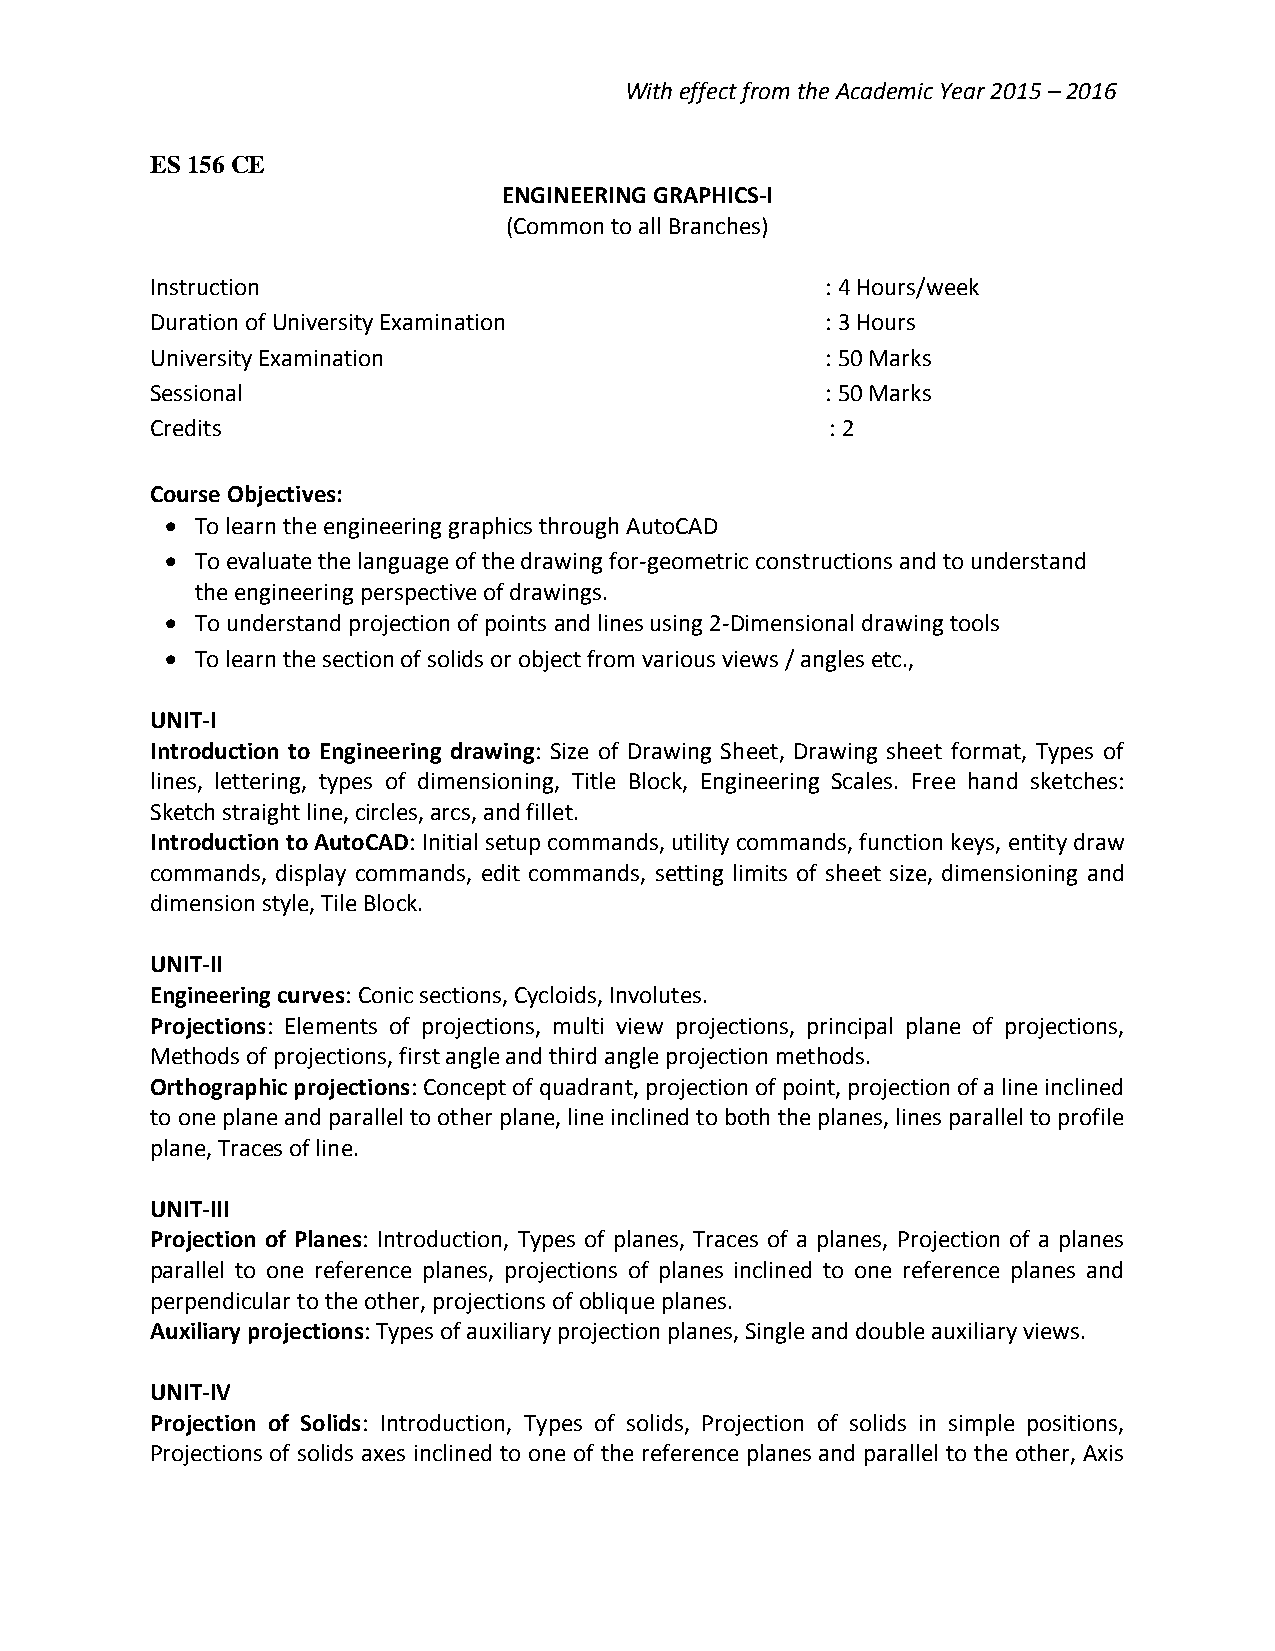
With effect from the Academic Year 2015 – 2016
 ES 156 CE
 ENGINEERING GRAPHICS-I
 (Common to all Branches)
 Instruction                                  : 4 Hours/week
 Duration of University Examination           : 3 Hours
 University Examination                       : 50 Marks
 Sessional                                    : 50 Marks
 Credits                                      : 2
 Course Objectives:
  To learn the engineering graphics through AutoCAD
  To evaluate the language of the drawing for-geometric constructions and to understand
 the engineering perspective of drawings.
  To understand projection of points and lines using 2-Dimensional drawing tools
  To learn the section of solids or object from various views / angles etc.,
 UNIT-I
 Introduction to Engineering drawing: Size of Drawing Sheet, Drawing sheet format, Types of
 lines, lettering, types of dimensioning, Title Block, Engineering Scales. Free hand sketches:
 Sketch straight line, circles, arcs, and fillet.
 Introduction to AutoCAD: Initial setup commands, utility commands, function keys, entity draw
 commands, display commands, edit commands, setting limits of sheet size, dimensioning and
 dimension style, Tile Block.
 UNIT-II
 Engineering curves: Conic sections, Cycloids, Involutes.
 Projections: Elements of projections, multi view projections, principal plane of projections,
 Methods of projections, first angle and third angle projection methods.
 Orthographic projections: Concept of quadrant, projection of point, projection of a line inclined
 to one plane and parallel to other plane, line inclined to both the planes, lines parallel to profile
 plane, Traces of line.
 UNIT-III
 Projection of Planes: Introduction, Types of planes, Traces of a planes, Projection of a planes
 parallel to one reference planes, projections of planes inclined to one reference planes and
 perpendicular to the other, projections of oblique planes.
 Auxiliary projections: Types of auxiliary projection planes, Single and double auxiliary views.
 UNIT-IV
 Projection of Solids: Introduction, Types of solids, Projection of solids in simple positions,
 Projections of solids axes inclined to one of the reference planes and parallel to the other, Axis